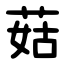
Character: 菇